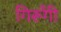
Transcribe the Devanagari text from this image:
गिरूँगी